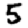
Digit: 5